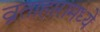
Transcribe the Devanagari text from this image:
व्रताहारामध्ये